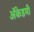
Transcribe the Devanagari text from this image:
अॅकेडमी